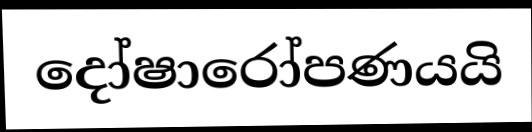
දෝෂාරෝපණයයි